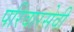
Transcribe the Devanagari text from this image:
परिवारसेवी